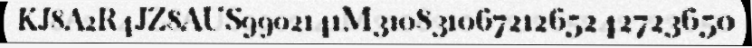
KJ8A2R4JZ8AUS9902141M31083106721265242723650